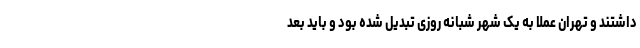
داشتند و تهران عملا به یک شهر شبانه روزی تبدیل شده بود و باید بعد